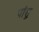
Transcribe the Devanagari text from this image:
पांशु